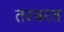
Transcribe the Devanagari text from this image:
तरबरत